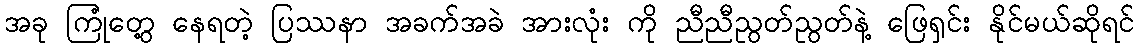
အခု ကြုံတွေ့ နေရတဲ့ ပြဿနာ အခက်အခဲ အားလုံး ကို ညီညီညွတ်ညွတ်နဲ့ ဖြေရှင်း နိုင်မယ်ဆိုရင်